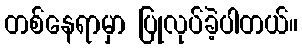
တစ်နေရာမှာ ပြုလုပ်ခဲ့ပါတယ်။